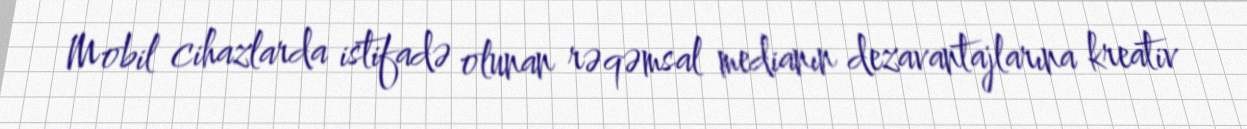
Mobil cihazlarda istifadə olunan rəqəmsal medianın dezavantajlarına kreativ